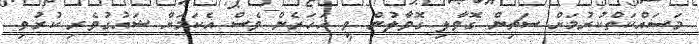
މަސައްކަތްކުރުމަށް ސަޗިން ގޮވާލި ގޮވާލުން ވީ އަހަރެން ވެސް އެކަމަށް ޝައުގުވެރި ކުރުވި